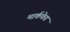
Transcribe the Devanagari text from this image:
मार्कफेड